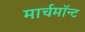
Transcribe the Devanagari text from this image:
मार्चमाॅन्ट